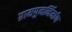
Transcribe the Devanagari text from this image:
ग्रामपुनर्निर्माण